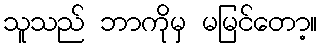
သူသည် ဘာကိုမှ မမြင်တော့။